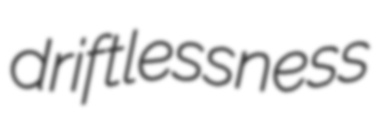
driftlessness